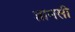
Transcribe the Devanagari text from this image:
शामसी